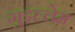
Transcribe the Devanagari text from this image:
गुइल्लेम